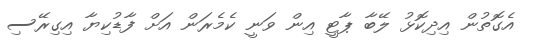
އެގޮތުން އިދިކޮޅު ލޭބާ ޕާޓީ އިން ވަނީ ކެމެރަން އަށް ފާޑުކިޔާ އިގިރޭސި